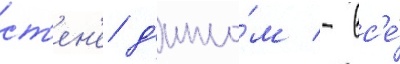
ст'ен'е д'ипло́м - вс'е́